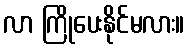
လာ ကြိုပေးနိုင်မလား။